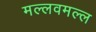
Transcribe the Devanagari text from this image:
मल्लवमल्ल